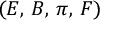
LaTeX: ( E , \, B , \, \pi , \, F )